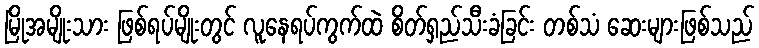
မြိုအမျိုးသား ဖြစ်ရပ်မျိုးတွင် လူနေရပ်ကွက်ထဲ စိတ်ရှည်သီးခံခြင်း တစ်သံ ဆေးများဖြစ်သည်